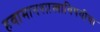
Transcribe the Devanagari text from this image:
हवामानशास्त्राविषयीचा